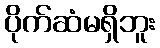
ပိုက်ဆံမရှိဘူး